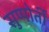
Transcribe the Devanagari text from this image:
सुप्पोर्तीं